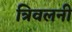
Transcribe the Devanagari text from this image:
त्रिवलनी